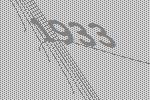
1933